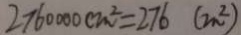
2 7 6 0 0 0 0 c m ^ { 2 } = 2 7 6 ( m ^ { 2 } )